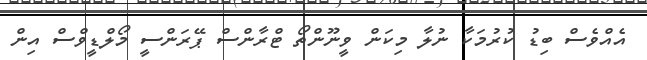
އެއްވެސް ބިޑު ކުރުމަކާ ނުލާ މިކަން ވީނޫންތޯ ޓްރާންސް ޕޭރަންސީ މޯލްޑީވްސް އިން